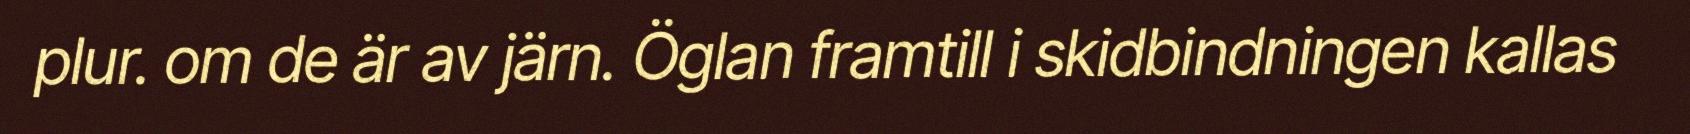
plur. om de är av järn. Öglan framtill i skidbindningen kallas